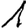
Digit: 1